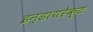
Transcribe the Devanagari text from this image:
इन्डायरेक्ट